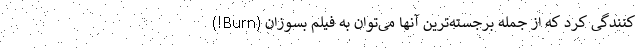
‌کنندگی کرد که از جمله برجسته‌ترین آنها می‌توان به فیلم بسوزان (Burn!)